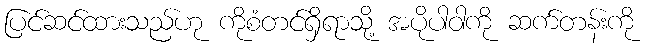
ပြင်ဆင်ထားသည်ဟု ကိုစံတင်ရှိရာသို့ အပိုပါဝါကို ဆက်တန်းကို